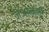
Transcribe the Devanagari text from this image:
जेओमेत्रि